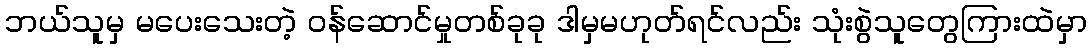
ဘယ်သူမှ မပေးသေးတဲ့ ဝန်ဆောင်မှုတစ်ခုခု ဒါမှမဟုတ်ရင်လည်း သုံးစွဲသူတွေကြားထဲမှာ